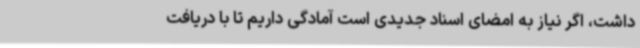
داشت، اگر نیاز به امضای اسناد جدیدی است آمادگی داریم تا با دریافت